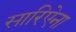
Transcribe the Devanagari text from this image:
सारिऐना